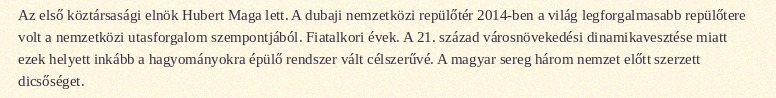
Az első köztársasági elnök Hubert Maga lett. A dubaji nemzetközi repülőtér 2014-ben a világ legforgalmasabb repülőtere volt a nemzetközi utasforgalom szempontjából. Fiatalkori évek. A 21. század városnövekedési dinamikavesztése miatt ezek helyett inkább a hagyományokra épülő rendszer vált célszerűvé. A magyar sereg három nemzet előtt szerzett dicsőséget.